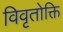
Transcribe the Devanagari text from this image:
विवृतोक्ति